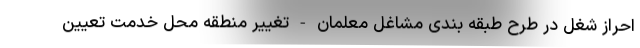
احراز شغل در طرح طبقه بندی مشاغل معلمان - تغییر منطقه محل خدمت تعیین